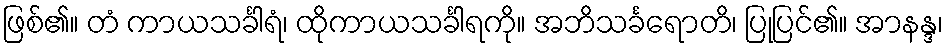
ဖြစ်၏။ တံ ကာယသင်္ခါရံ၊ ထိုကာယသင်္ခါရကို။ အဘိသင်္ခရောတိ၊ ပြုပြင်၏။ အာနန္ဒ၊